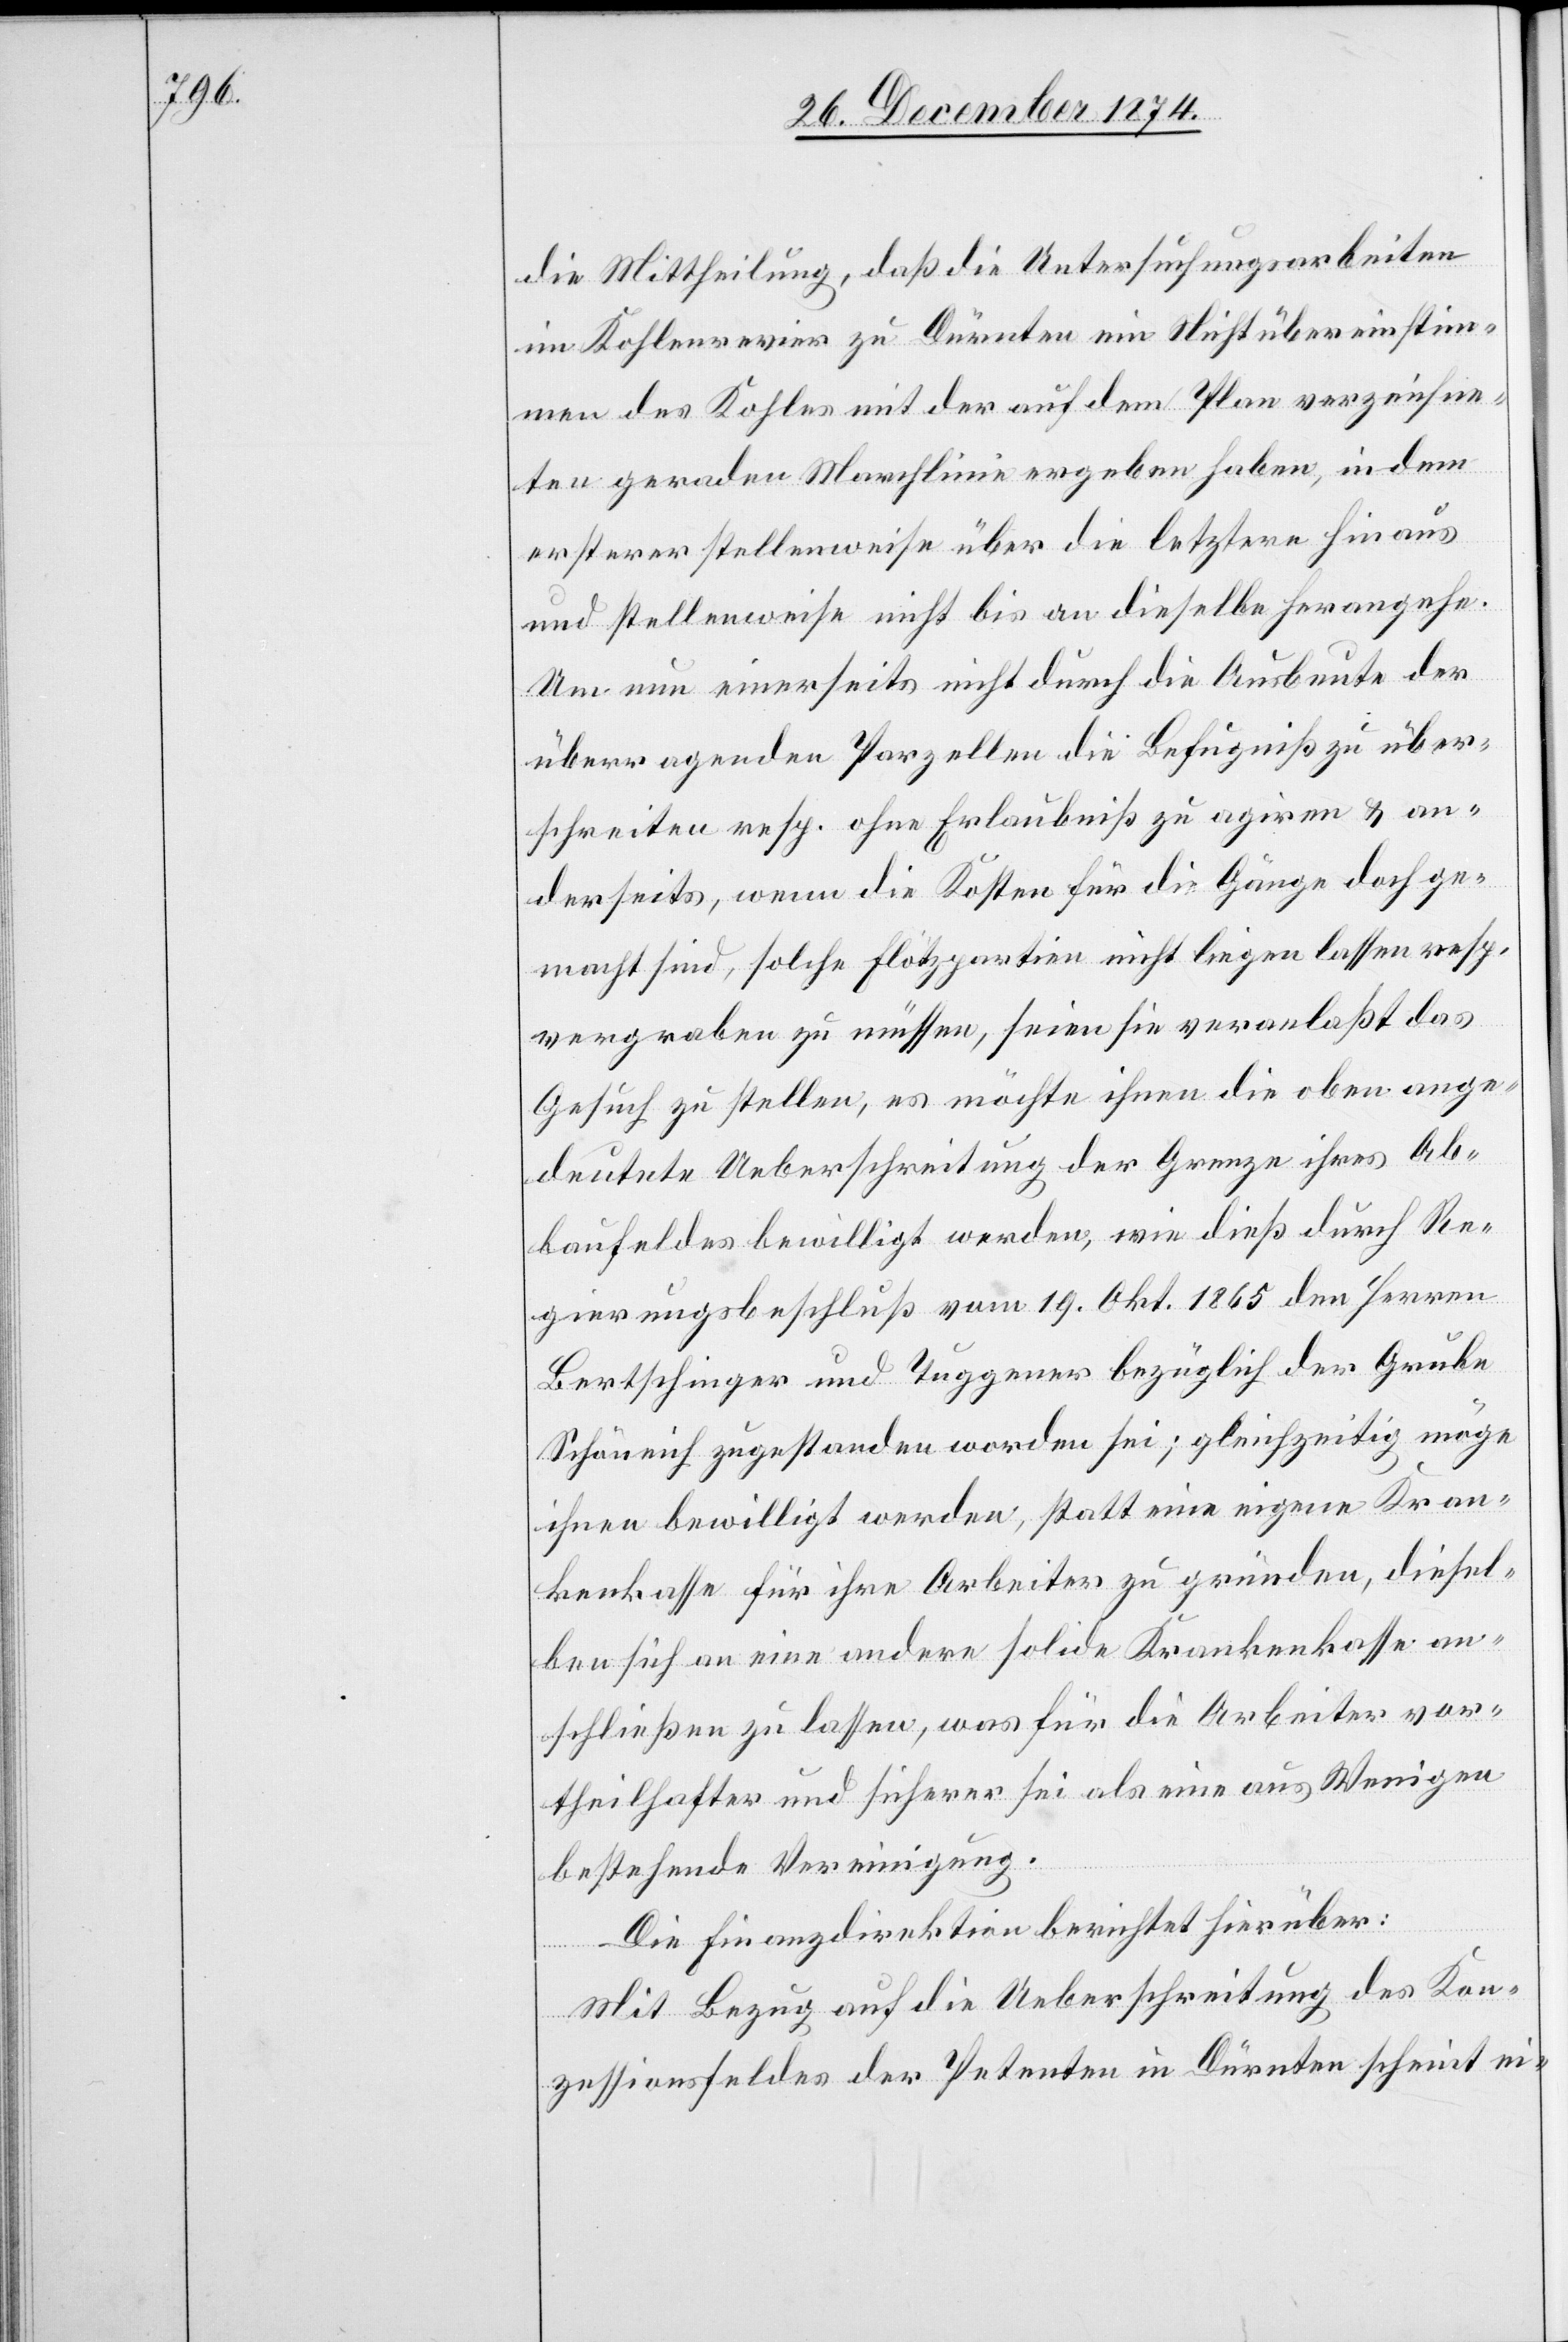
die Mittheilung, daß die Untersuchungsarbeiten
im Kohlenrevier zu Dürnten ein Nichtübereinstim¬
men des Kohles mit der auf dem Plan verzeichne¬
ten geraden Marchlinie ergeben haben, in dem
ersterer stellenweise über die letztere hinaus
und stellenweise nicht bis an dieselbe herangehe.
Um nun einerseits nicht durch die Ausbaute der
überragenden Parzellen die Befugniß zu über¬
schreiten resp. ohne Erlaubniß zu agiren & an¬
derseits, wenn die Kosten für die Gänge doch ge¬
macht sind, solche Flötzpartien nicht liegen lassen resp.
vergraben zu müssen, seien sie veranlaßt das
Gesuch zu stellen, es möchte ihnen die oben ange¬
deutete Ueberschreitung der Grenze ihres Ab¬
baufeldes bewilligt werden, wie dieß durch Re¬
gierungsbeschluß vom 19. Okt. 1865 den Herren
Bertschinger und Tuggener bezüglich der Grube
Schöneich zugestanden worden sei; gleichzeitig möge
ihnen bewilligt werden, statt eine eigene Kran¬
kenkasse für ihre Arbeiter zu gründen, diesel¬
ben sich an eine andere solide Krankenkasse an¬
schließen zu lassen, was für die Arbeiter vor¬
theilhafter und sicherer sei als eine aus Wenigen
bestehende Vereinigung.
Die Finanzdirektion berichtet hierüber:
Mit Bezug auf die Ueberschreitung des Kon¬
zessionsfeldes der Petenten in Dürnten scheint ei-